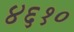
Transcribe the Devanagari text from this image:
४६१०